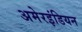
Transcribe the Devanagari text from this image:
अमेरइंडियन